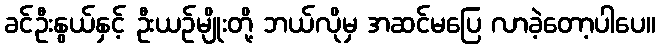
ခင်ဦးနွယ်နှင့် ဦးယဉ်မျိုးတို့ ဘယ်လိုမှ အဆင်မပြေ လာခဲ့တော့ပါပေ။